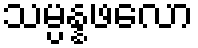
သမ္ပန္နဖလော